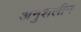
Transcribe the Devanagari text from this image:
अनुशलीन